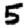
Digit: 5